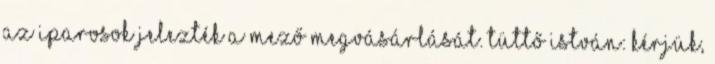
Az iparosok jelezték a mező megvásárlását. Tüttő István: Kérjük,